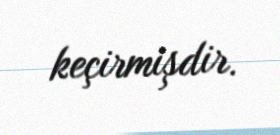
keçirmişdir.